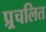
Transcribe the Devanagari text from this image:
प्र्र्रचलित